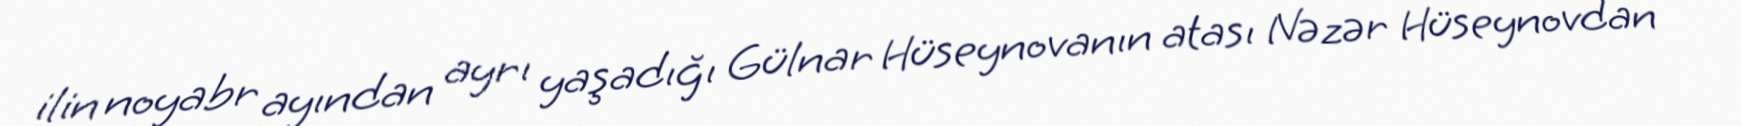
ilin noyabr ayından ayrı yaşadığı Gülnar Hüseynovanın atası Nəzər Hüseynovdan